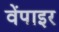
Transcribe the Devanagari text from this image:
वेंपाइर